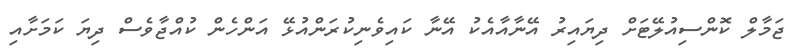
ޖަމާލް ކޮންސިއުލޭޓަށް ދިޔައިރު އޭނާއާއެކު އޭނާ ކައިވެނިކުރަންއުޅޭ އަންހެން ކުއްޖާވެސް ދިޔަ ކަމަށާއި